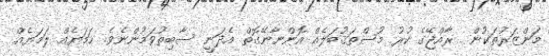
މަންޒަރުތަކުން  ރާއްޖޭގެ ކުރު މުސްތަޤުބަލެއް އޮންނާނޭގޮތް އެދަނީ ސާބިތުވަމުންނެވެ. ހަމަޔެއް ލަމަޔެއް